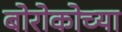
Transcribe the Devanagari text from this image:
बोरोकोच्या